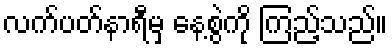
လက်ပတ်နာရီမှ နေ့စွဲကို ကြည့်သည်။